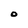
Character: O